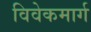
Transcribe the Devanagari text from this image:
विवेकमार्ग